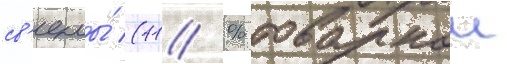
св'еклы́ (11 % товарнои